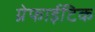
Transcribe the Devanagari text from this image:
ग्रेफाईटिक